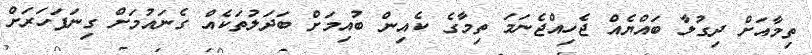
ތިމާއަށް ދިގުލާ ބައްޔެއް ޖެހިއްޖެނަމަ ތިމާގެ ކެއިން ބުއިމަށް ބަދަލުތަކެއް ގެނައުމަށް ގިނަފަހަރަށް